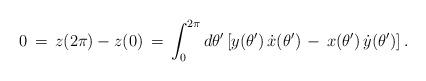
LaTeX: \begin{align*}0 \,=\, z(2\pi) - z(0) \,=\, \int_0^{2\pi}d\theta'\left[y(\theta')\,\dot{x}(\theta') \,-\, x(\theta')\,\dot{y}(\theta')\right].\end{align*}